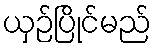
ယှဉ်ပြိုင်မည်